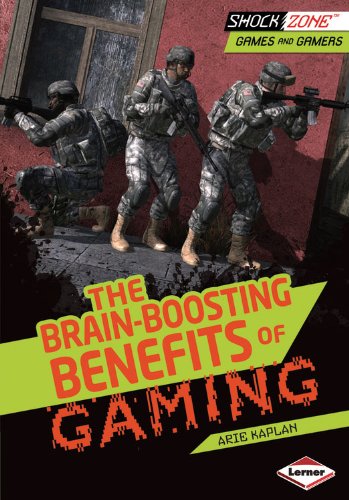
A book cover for The Brain-Boosting Benefits of Gaming (Shockzone - Games and Gamers); Arie Kaplan; Children's Books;